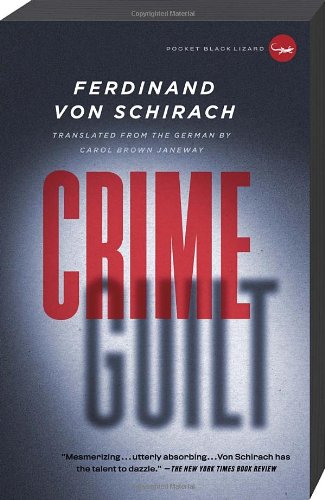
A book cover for Crime and Guilt: Stories; Ferdinand von Schirach; Mystery, Thriller & Suspense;